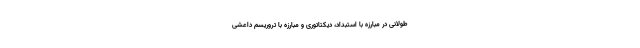
طولانی در مبارزه با استبداد، دیکتاتوری و مبارزه با تروریسم داعشی